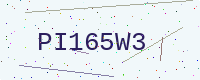
Text: PI165W3